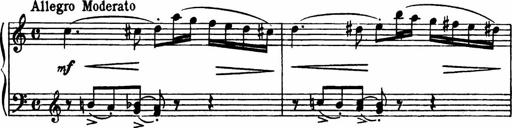
Title: Sonatilla
Composer: Mortimer Wilson
Key: C major